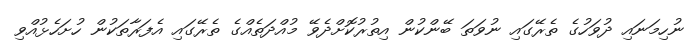
ނުހިމަނައި ދުވަހުގެ ތެރޭގައި ނުވަތަ ބޭންކުން އިތުރުކޮށްދެވޭ މުއްދަތެއްގެ ތެރޭގައި އެފަރާތަކުން ހުށަހެޅުއްވި